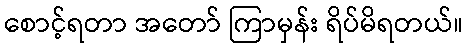
စောင့်ရတာ အတော် ကြာမှန်း ရိပ်မိရတယ်။